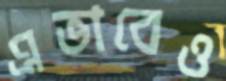
এভাবেও